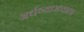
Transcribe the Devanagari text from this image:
अर्धव्याख्याता